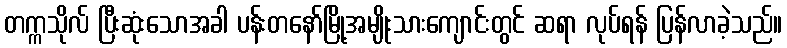
တက္ကသိုလ် ပြီးဆုံးသောအခါ ပန်းတနော်မြို့အမျိုးသားကျောင်းတွင် ဆရာ လုပ်ရန် ပြန်လာခဲ့သည်။